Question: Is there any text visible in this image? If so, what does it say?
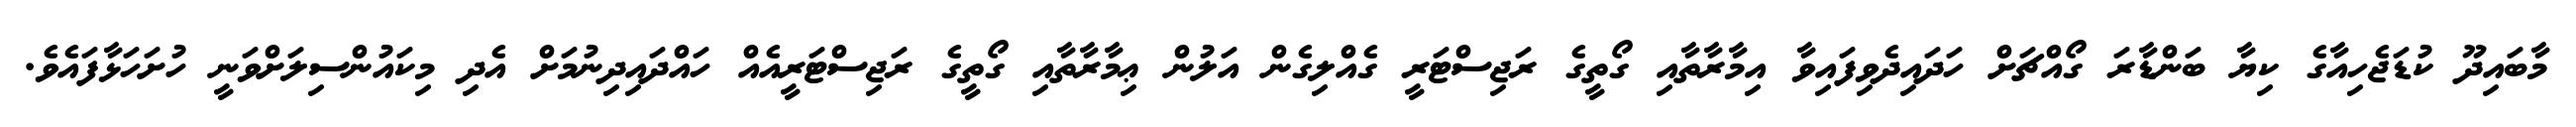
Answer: މާބައިދޫ ކުޑަޖެހިއާގެ ކިޔާ ބަންޑާރަ ގޯއްޗަށް ހަދައިދެވިފައިވާ އިމާރާތާއި ގޯތީގެ ރަޖިސްޓަރީ ގެއްލިގެން އަލުން ޢިމާރާތާއި ގޯތީގެ ރަޖިސްޓަރީއެއް ހައްދައިދިނުމަށް އެދި މިކައުންސިލަށްވަނީ ހުށަހަޅާފައެވެ.